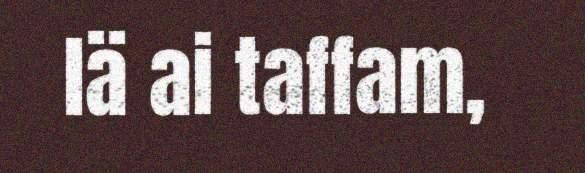
lä ai taffam,